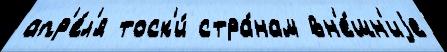
апр'е́л'я тоск'и́ стра́нам вн'е́шн'иjе